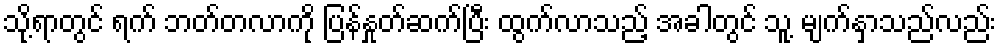
သို့ရာတွင် ရက် ဘတ်တလာကို ပြန်နှုတ်ဆက်ပြီး ထွက်လာသည့် အခါတွင် သူ့ မျက်နှာသည်လည်း